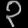
Digit: ၃